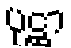
ပုဋ္ဌာ